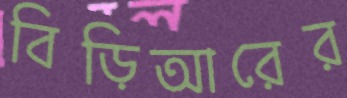
বিড়িআরের